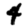
Digit: 4